Lunatic asylums Central Provinces reports 1910-1926 - 1910-1926
Year: 1910
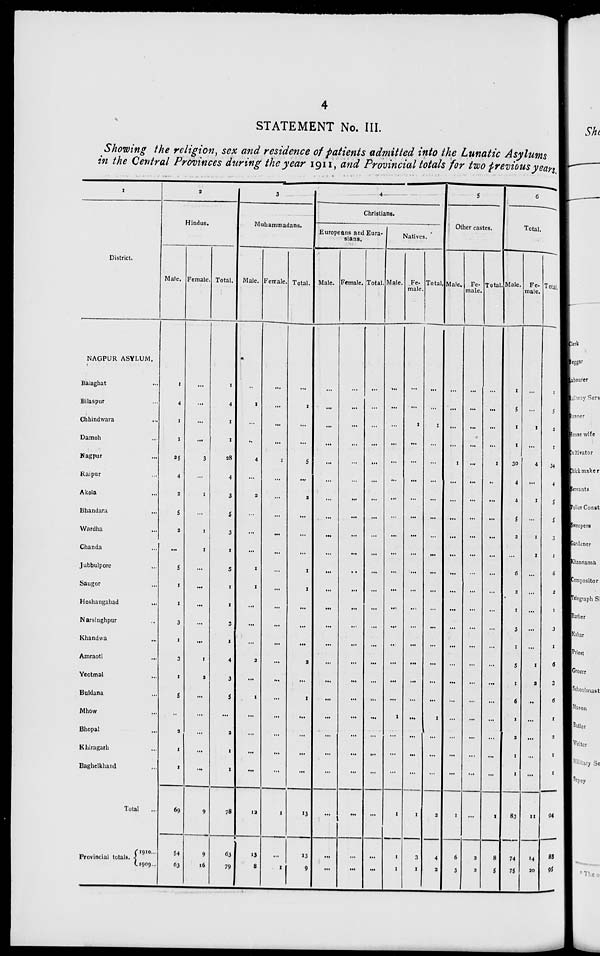
4
STATEMENT No. III.
Showing the religion, sex and residence of patients admitted into the Lunatic Asylums
in the Central Provinces during the year 1911, and Provincial totals for two previous years.
1
District.
NAGPUR ASYLUM.
Balaghat ...
Bilaspur ...
Chhindwara ...
Damoh ...
Nagpur ...
Raipur ...
Akola ...
Bhandara ...
Wardha ...
Chanda ...
Jubbulpore ...
Saugor ...
Hoshangabad ...
Narsinghpur ...
Khandwa ...
Amraoti ...
Yeotmal ...
Buldana ...
Mhow ...
Bhopal ...
Khiragarh ...
Baghelkhand ...
Total ...
Provincial totals.
1910. ...
1909. ...
2
Hindus.
Male.
1
4
1
1
25
4
2
5
2
...
5
1
1
3
1
3
1
5
...
2
1
1
69
54
63
Female.
...
...
...
...
3
...
1
...
1
1
...
...
...
...
...
1
2
...
...
...
...
...
9
9
16
Total.
1
4
1
1
28
4
3
5
3
1
5
1
1
3
1
4
3
5
...
2
1
1
78
63
79
3
Muhammadans.
Male.
...
1
...
...
4
...
2
...
...
...
1
1
...
...
...
2
...
1
...
...
...
...
12
13
8
Female.
...
...
...
...
1
...
...
...
...
...
...
...
...
...
...
...
...
...
...
...
...
...
1
...
1
Total.
...
1
...
...
5
...
2
...
...
...
1
1
...
...
...
2
...
1
...
...
...
...
13
13
9
4
Christians.
Europeans and Eura-
sians.
Male.
...
...
...
...
...
...
...
...
...
...
...
...
...
...
...
...
...
...
...
...
...
...
...
...
...
Female.
...
...
...
...
...
...
...
...
...
...
...
...
...
...
...
...
...
...
...
...
...
...
...
...
...
Total.
...
...
...
...
...
...
...
...
...
...
...
...
...
...
...
...
...
...
...
...
...
...
...
...
...
Natives.
Male.
...
...
...
...
...
...
...
...
...
...
...
...
...
...
...
...
...
...
1
...
...
...
1
1
1
Fe-
male.
...
...
1
...
...
...
...
...
...
...
...
...
...
...
...
...
...
...
...
...
...
...
1
3
1
Total.
...
...
1
...
...
...
...
...
...
...
...
...
...
...
...
...
...
...
1
...
...
...
2
4
2
5
Other castes.
Male.
...
...
...
...
1
...
...
...
...
...
...
...
...
...
...
...
...
...
...
...
...
...
1
6
3
Fe-
male.
...
...
...
...
...
...
...
...
...
...
...
...
...
...
...
...
...
...
...
...
...
...
...
2
2
Total.
...
...
...
...
1
...
...
...
...
...
...
...
...
...
...
...
...
...
...
...
...
...
1
8
5
6
Total.
Male.
1
5
1
1
30
4
4
5
2
...
6
2
1
3
1
5
1
6
1
2
1
1
83
74
75
Fe-
male.
...
...
1
...
4
...
1
...
1
1
...
...
...
...
...
1
2
...
...
...
...
...
11
14
20
Total.
1
5
2
1
34
4
5
5
3
1
6
2
1
3
1
6
3
6
1
2
1
1
94
88
95